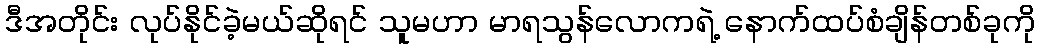
ဒီအတိုင်း လုပ်နိုင်ခဲ့မယ်ဆိုရင် သူမဟာ မာရသွန်လောကရဲ့ နောက်ထပ်စံချိန်တစ်ခုကို